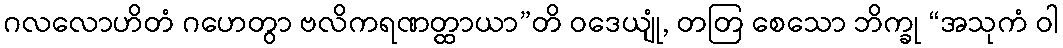
ဂလလောဟိတံ ဂဟေတွာ ဗလိကရဏတ္ထာယာ”တိ ဝဒေယျုံ, တတြ စေသော ဘိက္ခု “အသုကံ ဝါ